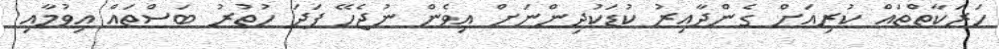
ހަރަކާތްތައް ކުރިއަށް ގެންދާއިރު ކުޑަކުދިންނަށް އިވެން ނުޖެހޭ ފަދަ ހުތުރު ބަސްތައް އިވުމާއި